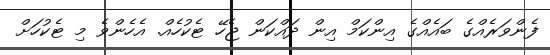
ފެންވަރެއްގެ ބައެއްގެ އިންކަމް އިން ދައްކަން ޖެހޭ ޓެކުހެއް. އެހެންވެ މި ޓެކުހަށް